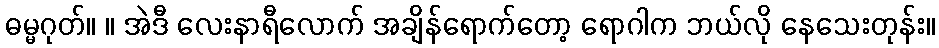
ဓမ္မဂုတ်။ ။ အဲဒီ လေးနာရီလောက် အချိန်ရောက်တော့ ရောဂါက ဘယ်လို နေသေးတုန်း။